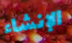
الإنشاء